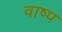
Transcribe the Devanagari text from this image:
वाष्‍प